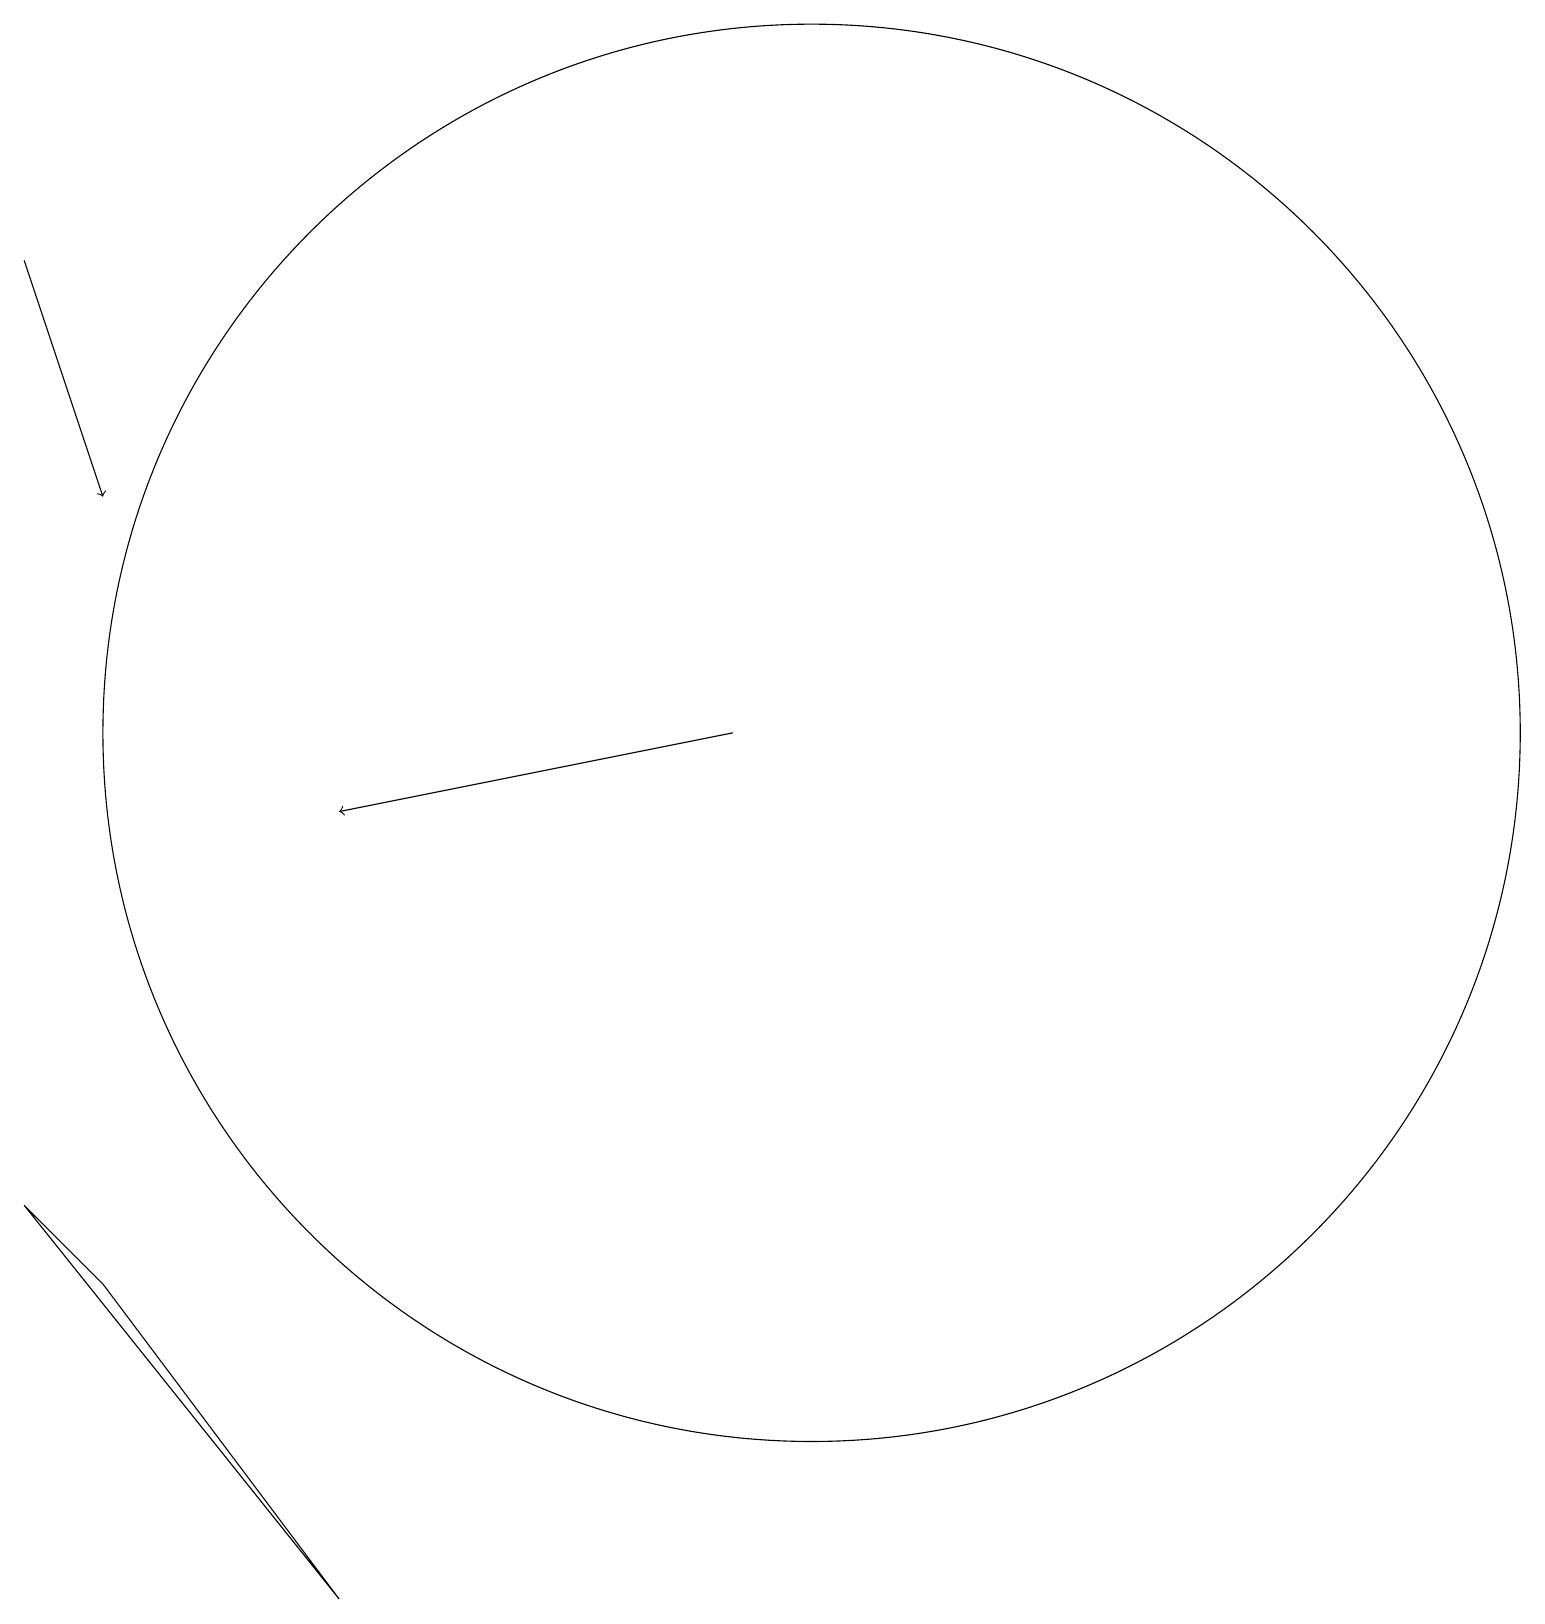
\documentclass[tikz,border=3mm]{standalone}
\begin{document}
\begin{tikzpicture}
\draw[->] (0,17) -- (1,14);
\draw (10,11) circle (9);
\draw (4,0) -- (1,4) -- (0,5) -- cycle;
\draw[->] (9,11) -- (4,10);
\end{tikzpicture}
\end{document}